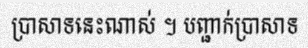
ប្រាសាទនេះណាស់ ។ បញ្ជាក់ប្រាសាទ